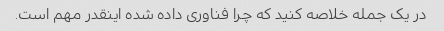
در یک جمله خلاصه کنید که چرا فناوری داده شده اینقدر مهم است.